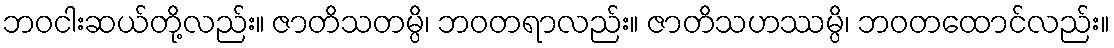
ဘဝငါးဆယ်တို့လည်း။ ဇာတိသတမ္ပိ၊ ဘဝတရာလည်း။ ဇာတိသဟဿမ္ပိ၊ ဘဝတထောင်လည်း။